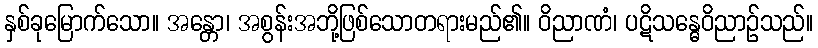
နှစ်ခုမြောက်သော။ အန္တော၊ အစွန်းအဘို့ဖြစ်သောတရားမည်၏။ ဝိညာဏံ၊ ပဋိသန္ဓေဝိညာဉ်သည်။